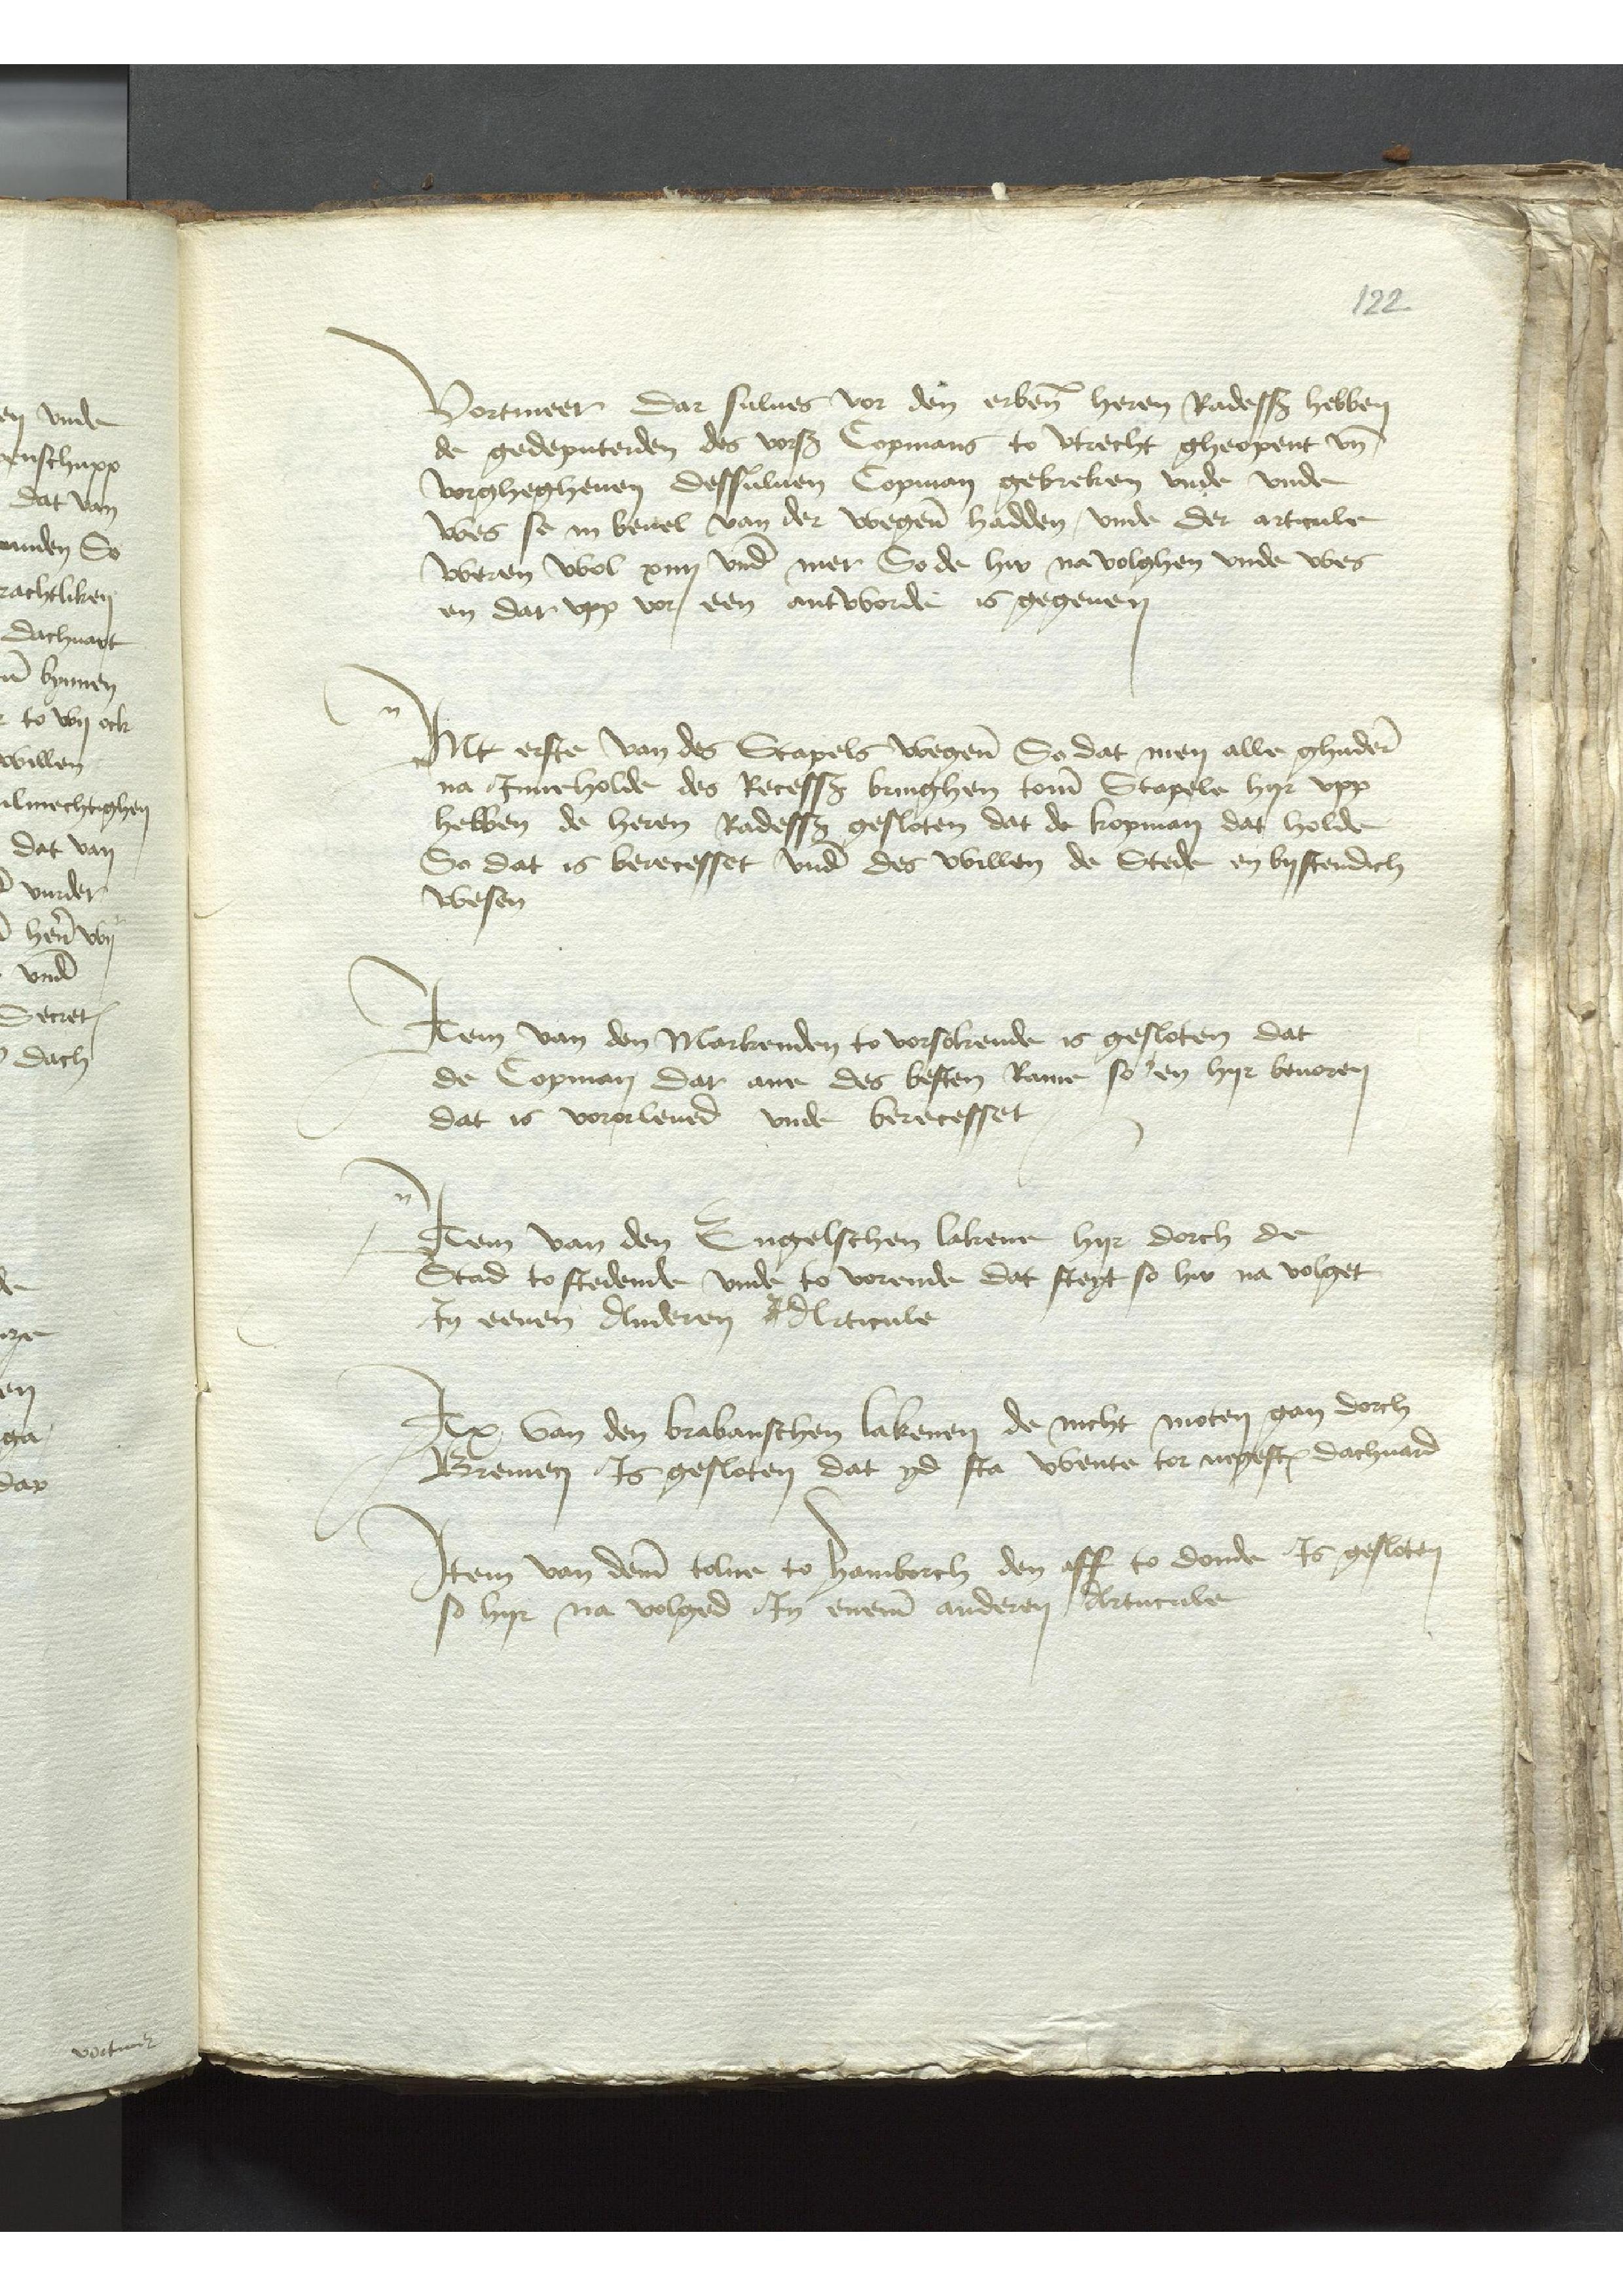
Vortmer dar sulues vor den erbenomden heren Radessendeboden hebben
de gedeputerden des vorscreuen Copmans to Vtrecht gheopent vnd
vorghegheuen dessuluen Copman gebreken vnde vnde
wes se in beuel van der wegene hadden, vnde der articule
weren wol xiiij vnde mer So de hir na volghen vnde wes
en dar vpp vor een antworde is gegeuen

Jnt erste van des Stapels wegene So dat men alle ghudere
na Jnneholde des Recessus bringhen tome Stapele hyr vpp
hebben de heren Radessendeboden gesloten dat de kopman dat holde
So dat is berecesset vnde des willen de Stede in bystendich
wesen

Jtem van den Markenden to vorsokende is gesloten dat
de Copman dar ane des besten Rame so en hyr beuoren
dat is vororleued vnde berecesset

Jtem van den Engelschen lakene hyr dorch de
Stad to stedende vnde to vorende dat steyt so hir na volget
Jn eenen Anderen Articule

Jtem van dem brabanschen lakenen de nicht moten gan dorch
Bremen Js gesloten dat yd sta wente tor negesten dachuard

Jtem van deme tolne to Hamborch den eff to donde Js gesloten
so hyr na volged Jn eneme anderen, Artucule